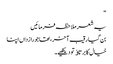
“
یہ شعر ملاحظہ فرمائیں
بن گیا رقیب آخر، تھا جو رازداں اپنا
خیال کا برتاﺅ تو دیکھیے۔